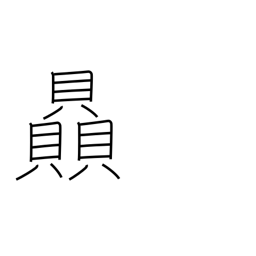
Meaning: strength